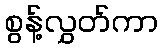
စွန့်လွှတ်ကာ